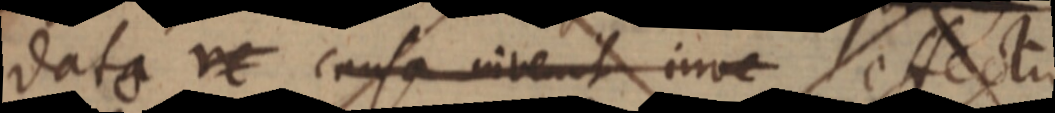
dato ne causa invenit inve effectu